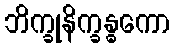
ဘိက္ခုနိက္ခန္ဓကော